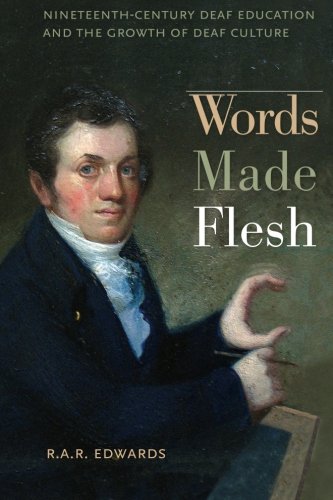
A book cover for Words Made Flesh: Nineteenth-Century Deaf Education and the Growth of Deaf Culture (The History of Disability); R. A. R. Edwards; Law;